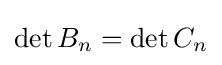
\det B_{n}=\det C_{n}